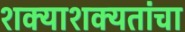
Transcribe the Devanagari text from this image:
शक्याशक्यतांचा